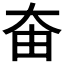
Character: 𡘊